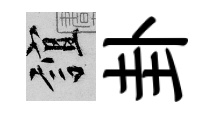
誼卦